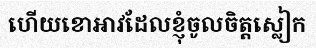
ហើយខោអាវដែលខ្ញុំចូលចិត្តស្លៀក